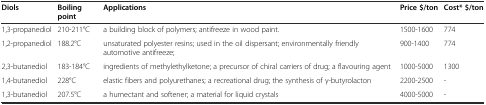
| Diols | Boiling point | Applications | Price $/ton | Cost* $/ton |
 | --- | --- | --- | --- | --- |
 | 1,3-propanediol | 210-211°C | a building block of polymers; antifreeze in wood paint. | 1500-1600 | 774 |
 | 1,2-propanediol | 188.2°C | unsaturated polyester resins; used in the oil dispersant; environmentally friendly automotive antifreeze; | 900-1400 | 774 |
 | 2,3-butanediol | 183-184°C | ingredients of methylethylketone; a precursor of chiral carriers of drug; a flavouring agent | 1000-5000 | 1300 |
 | 1,4-butanediol | 228°C | elastic fibers and polyurethanes; a recreational drug; the synthesis of γ-butyrolacton | 2200-2500 | - |
 | 1,3-butanediol | 207.5°C | a humectant and softener; a material for liquid crystals | 4000-5000 | - |